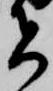
者